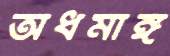
অধমাঙ্গ